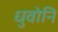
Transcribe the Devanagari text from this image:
धुवोनि